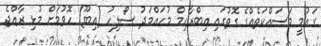
ގައުމީ މަސައްކަތެއްގެ ގޮތުގައި އިބްރާހިމް މުހައްމަދު ސޯލިހު (އިބޫ) ހޮވުމަށް މުޅި ރާއްޖެ